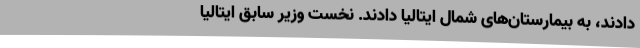
دادند، به بیمارستان‌های شمال ایتالیا دادند. نخست وزیر سابق ایتالیا